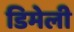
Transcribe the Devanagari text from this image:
डिमेली